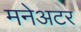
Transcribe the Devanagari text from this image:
मनेअटर